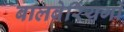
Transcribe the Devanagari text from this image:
बालबेरिंयगों